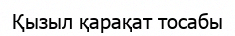
Қызыл қарақат тосабы